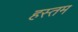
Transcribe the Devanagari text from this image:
हस्तम